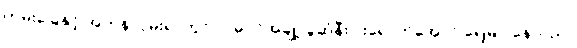
ကမ်းခြေနှင့် အတန်လှမ်းရာတွင် လမုပင်အချို့ ခွဆုံနီးပါးရောက်အောင် ရေမြုပ်နေသည်။